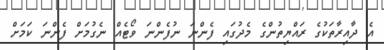
އެ ދާއިރާތަކުގެ ރައްޔިތުންގެ މެދުގައި ފެންނަ ނުފެންނަ ވޯޓެއް ނެގުމަށް ފެންނަ ކަމަށް